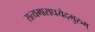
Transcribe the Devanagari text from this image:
सत्यमाराधयेद्गुरुम्